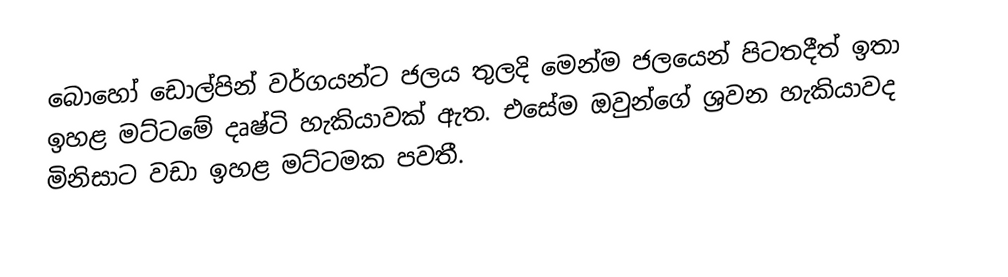
බොහෝ ඩොල්පින් වර්ගයන්ට ජලය තුලදි මෙන්ම ජලයෙන් පිටතදීත් ඉතා ඉහළ මට්ටමේ දෘෂ්ටි හැකියාවක් ඇත. එසේම ඔවුන්ගේ ශ්‍රවන හැකි‍යාවද මිනිසාට වඩා ඉහළ මට්ටමක පවතී.